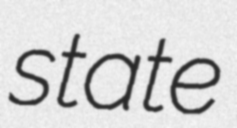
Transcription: state